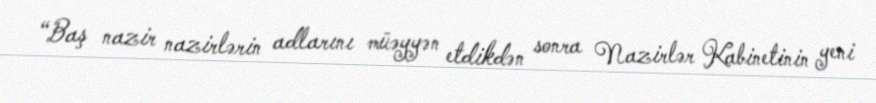
“Baş nazir nazirlərin adlarını müəyyən etdikdən sonra Nazirlər Kabinetinin yeni